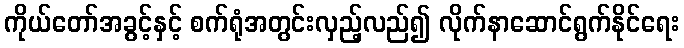
ကိုယ်တော်အခွင့်နှင့် စက်ရုံအတွင်းလှည့်လည်၍ လိုက်နာဆောင်ရွက်နိုင်ရေး